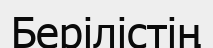
Берілістің